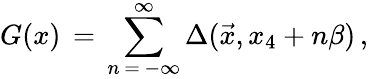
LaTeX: G(x)\, =\, \sum_{n\, =\, -\infty}^{\infty}\Delta({\vec{x}},x_{4}+n\beta)\, ,